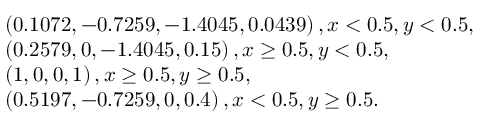
\begin{array} { r l } & { \left( 0 . 1 0 7 2 , - 0 . 7 2 5 9 , - 1 . 4 0 4 5 , 0 . 0 4 3 9 \right) , x < 0 . 5 , y < 0 . 5 , } \\ & { \left( 0 . 2 5 7 9 , 0 , - 1 . 4 0 4 5 , 0 . 1 5 \right) , x \ge 0 . 5 , y < 0 . 5 , } \\ & { \left( 1 , 0 , 0 , 1 \right) , x \ge 0 . 5 , y \ge 0 . 5 , } \\ & { \left( 0 . 5 1 9 7 , - 0 . 7 2 5 9 , 0 , 0 . 4 \right) , x < 0 . 5 , y \ge 0 . 5 . } \end{array}